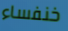
خنفساء